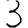
Digit: 3